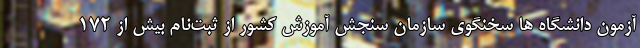
آزمون دانشگاه ها سخنگوی سازمان سنجش آموزش کشور از ثبت‌نام بیش از ۱۷۲